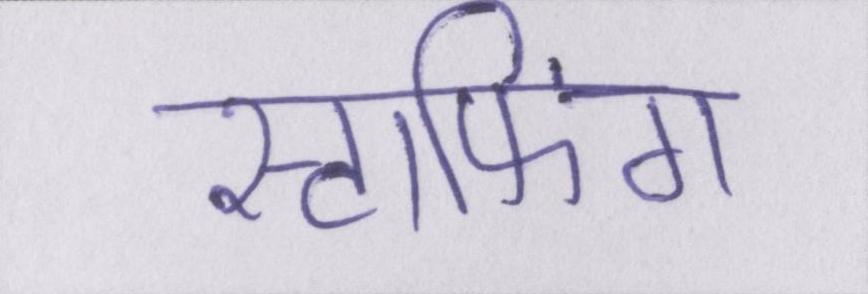
स्टाफिंग